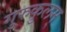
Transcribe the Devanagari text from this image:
गुरुकुलम्